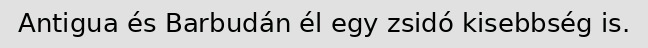
Antigua és Barbudán él egy zsidó kisebbség is.